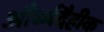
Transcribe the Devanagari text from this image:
और्ध्वदैहीक